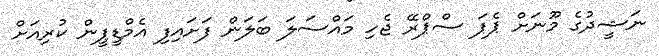
ނަޝީދުގެ މޫނަށް ޕެޕަ ސްޕްރޭ ޖެހި މައްސަލަ ބަލަން ފަށައިފި އެމްޑީޕީން ކުރިއަށް